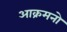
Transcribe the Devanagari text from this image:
आक्रमनो